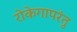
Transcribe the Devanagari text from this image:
रोकेगापरंतु